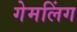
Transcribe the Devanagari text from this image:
गेमलिंग